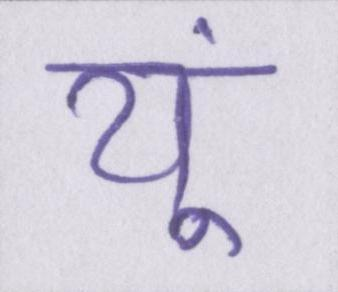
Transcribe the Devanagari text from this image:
यूं